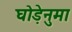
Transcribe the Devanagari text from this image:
घोड़ेनुमा